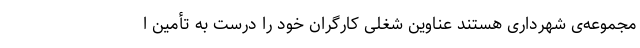
مجموعه‌ی شهرداری هستند عناوین شغلی کارگران خود را درست به تأمین ا